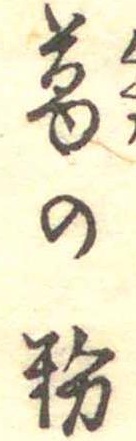
葛の粉